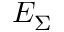
E _ { \Sigma }